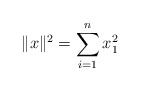
\begin{align*}\Vert x \Vert^2 = \sum_{i=1}^{n} x_1^2 \\\end{align*}